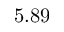
5 . 8 9